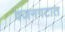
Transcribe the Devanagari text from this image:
वजनगटात